Civil Veterinary Department. Madras. Admin. report 1910-25 - 1910-1925
Year: 1910
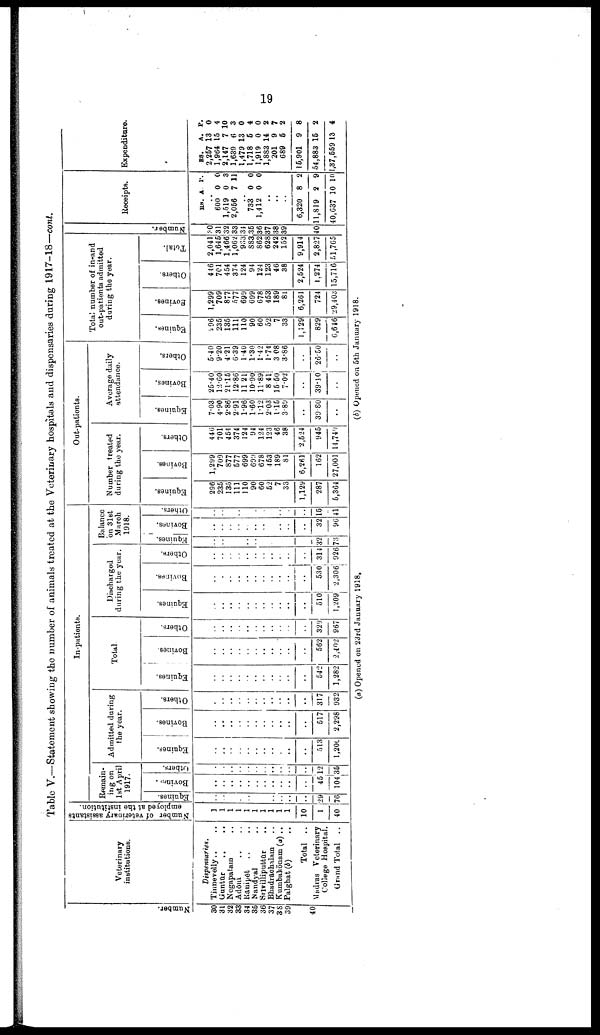
19
Table V.—Statement showing the number of animals treated at the Veterinary hospitals and dispensaries daring 1917-18—cont.
Number
30
31
32
33
34
35
36
37
38
39
40
Veterinary
institutions.
Dispensaries.
Tinnevelly .. ..
Guntur .. ..
Negapatain ..
Adoni .. ..
Ranipet .. ..
Nandyal ..
Srivilliputtur ..
Bhadrachalam ..
Kumbakōnam (a) ..
Palghat (b) ..
Total ..
Madras Veterinary
College Hospital.
Grand Total ..
Number of veterinary assistants
employed at the institution.
1
1
1
1
1
1
1
1
1
1
10
1
40
In-patients.
Remain
ing on
1st April
1917.
Equines.
..
..
..
..
..
..
..
..
..
..
..
29
70
Bovines.
..
..
..
..
..
..
..
..
..
..
..
45
104
Others.
..
..
..
..
..
..
..
..
..
..
..
12
36
Admitted during
the year.
Equines.
..
..
..
..
..
..
..
..
..
..
..
513
1,200
Bovines.
..
..
..
..
..
..
..
..
..
..
..
517
2,298
Others.
..
..
..
..
..
..
..
..
..
..
..
317
932
Total
Equines.
..
..
..
..
..
..
..
..
..
..
..
542
1,282
Bovines.
..
..
..
..
..
..
..
..
..
..
..
562
2,402
Others.
..
..
..
..
..
..
..
..
..
..
..
329
967
Discharged
during the year.
Equines.
..
..
..
..
..
..
..
..
..
..
..
510
1,209
Bovines.
..
..
..
..
..
..
..
..
..
..
..
530
2,306
Others.
..
..
..
..
..
..
..
..
..
..
..
314
926
Balance
on 31st
March
1918.
Equines.
..
..
..
..
..
..
..
..
..
..
..
32
73
Bovines.
..
..
..
..
..
..
..
..
..
..
..
32
9G
Others.
..
..
..
..
..
..
..
..
..
..
..
15
41
Out-patients.
Number treated
during the year.
Equines.
296
235
135
111
110 90
60
52
7
33
1,129
287
5,364
Bovines.
1,299
709
877
577
699
699
678
453
189
81
6,261
162
27,001
Others.
446
701
451
374
124
94
124
123
46
38
2,524
945
14,749
Average daily
attendance.
Equities.
7.03
4.90
2.86
2.91
1.96
1.60
1.12
2.03
115
3.89
..
39.80
..
Bovines.
25.40
12.60
21.15
12.86
11 21
10.90
11.89
8 41:
15 60.
7.02
..
39.10
..
Others.
5.40
9.20
4.21
6.39
1.40
1.30
1.42
1.74
3 08
3.86
..
26.50
..
Total number of in-and
out-patients admitted
during the year.
Equines.
296
235
135
111
110
90
60
52
7
33
1,129
829
6,646
Bovines.
1,299
709
877
577
699
699
678
453
189
81
6,261
724
29,403
Others.
446
701
454
374
124
94
124
123
46
38
2,524
1,274
15,716
Total.
2,041
1,645
1,466
1,062
9,33
S83
862
628
242
152
9,914
2,827
51,765
Numbe r
.
30
31
32
33
34
35
36
37
38
39
40
Receipts.
RS. A. P.
..
600 0 0
1,519 0 3
2,056 7 11
..
733 0 0
1,412 0 0
..
..
..
6,320 8 2
11,819 2 9
40,637 10 10
Expenditure.
RS. A. P.
2,257 13 0
1,964 15 4
2,147 7 10
1,639 6 3
1,479 13 0
1,718 5 4
1,919 0 0
1,883 14 2
201 9 7
689 5 2
15,901 9 8
54,883 16 2
1,37,559 13 4
(a) Opened on 23rd January 1918,
(b) Opened on 5th January 1918.